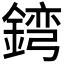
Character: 𲇓